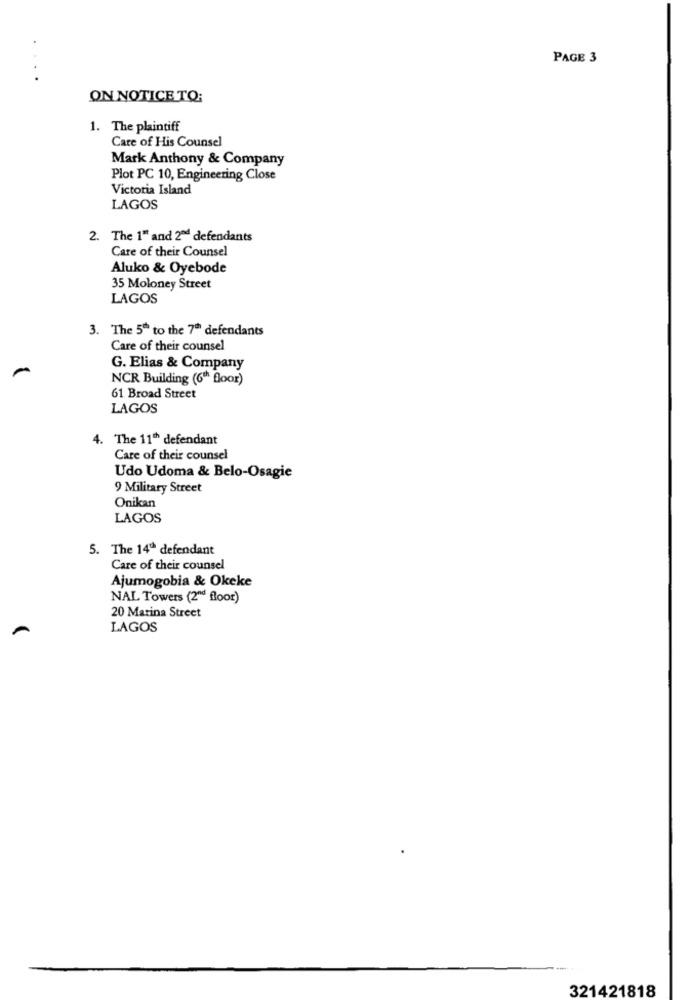
PAGE 3
ON NOTICE TO:
1. The plaintiff
Care of His Counsel
Mark Anthony & Company
Plot PC 10, Engineering Close
Victoria Island
LAGOS
2. The 1" and 2ªd defendants
Care of their Counsel
Aluko & Oyebode
35 Moloney Street
LAGOS
3. The 5" to the 7" defendants
Care of their counsel
G. Elias & Company
NCR Building (6th floor)
61 Broad Street
LAGOS
4. The 11th defendant
Care of their counsel
Udo Udoma & Belo-Osagie
9 Military Street
Onikan
LAGOS
5. The 14ª defendant
Care of their counsel
Ajumogobia & Okeke
NAL Towers (2ºd floor)
20 Marina Street
LAGOS
321421818